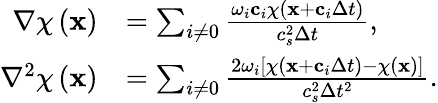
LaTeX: \begin{array}{rl}{\nabla\chi\left(\mathbf{x}\right)}&{=\sum_{i\neq 0}\frac{\omega_{i}\mathbf{c}_{i}\chi\left(\mathbf{x}+\mathbf{c}_{i}\Delta t\right)}{c_{s}^{2}\Delta t},}\\ {\nabla^{2}\chi\left(\mathbf{x}\right)}&{=\sum_{i\neq 0}\frac{2\omega_{i}\left[\chi\left(\mathbf{x}+\mathbf{c}_{i}\Delta t\right)-\chi\left(\mathbf{x}\right)\right]}{c_{s}^{2}\Delta t^{2}}.}\end{array}